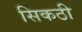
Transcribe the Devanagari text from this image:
सिकठी